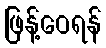
ဖြန့်ဝေရန်